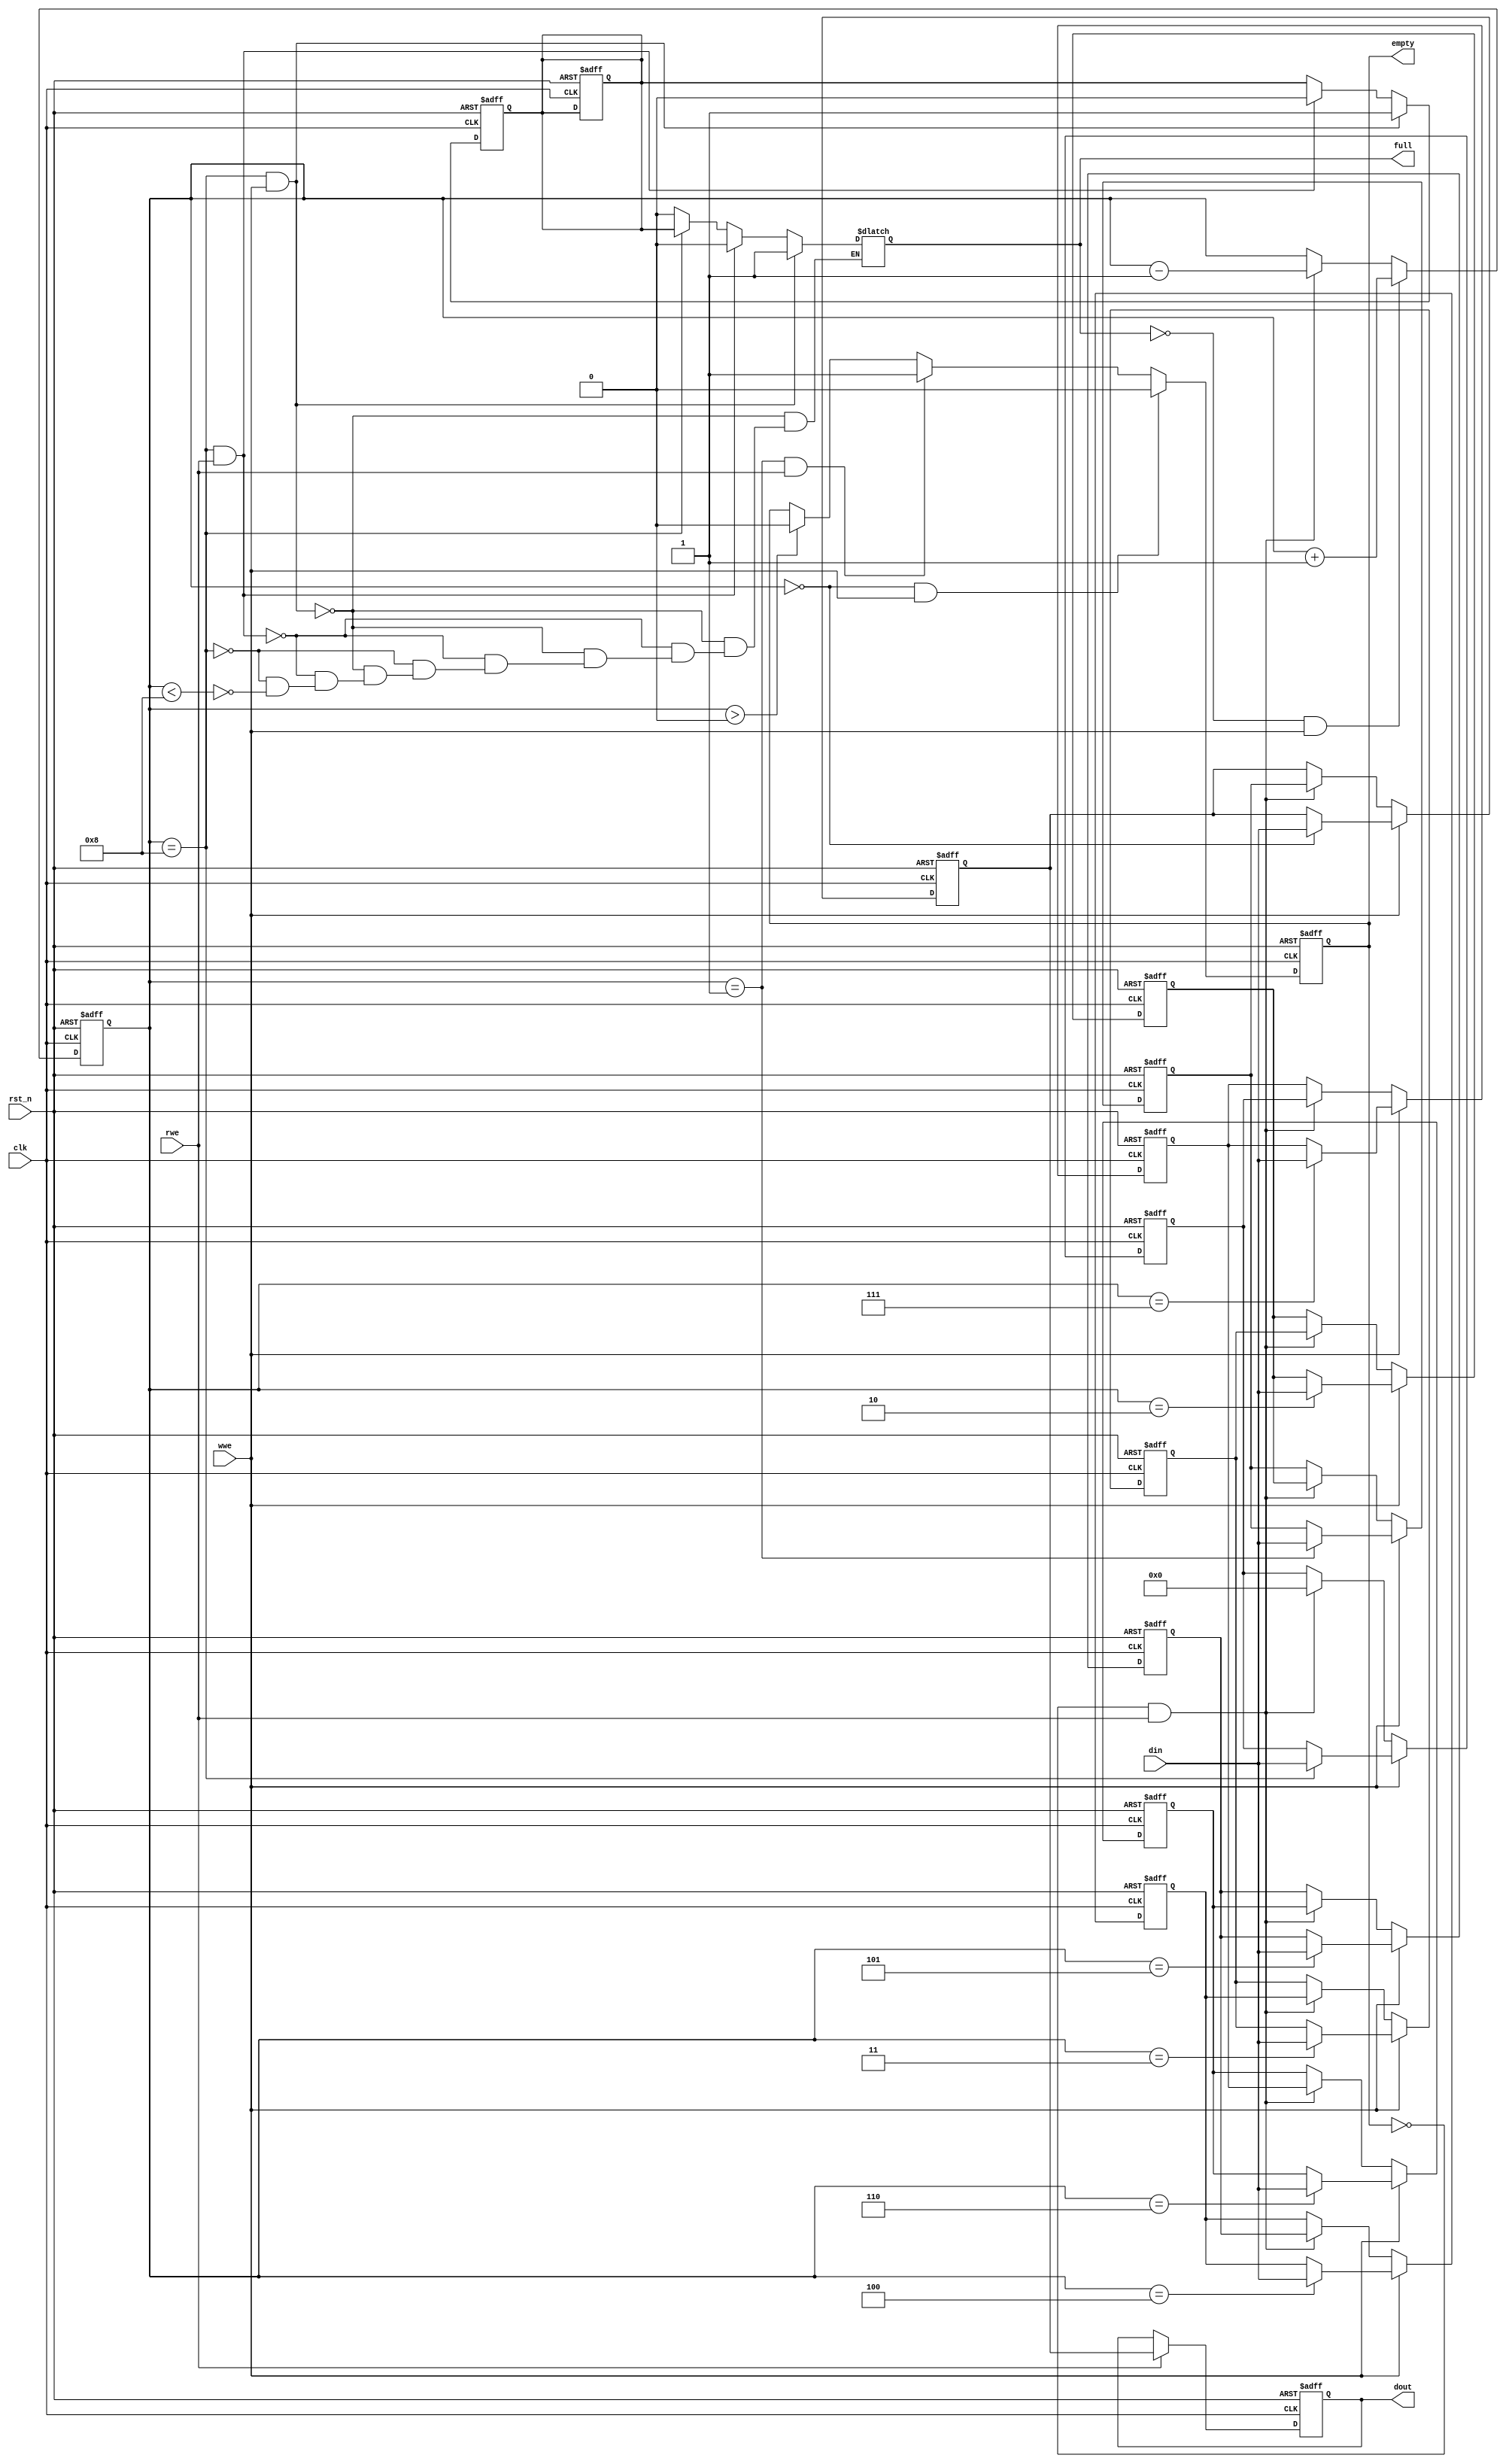
//`define FULL 3'b010;

module fifo (
  input  wire       rst_n,
  input  wire       clk,
  input  wire [7:0] din,
  input  wire       rwe,
  input  wire       wwe,
  output  reg       full,
  output  reg       empty,
  output  reg [7:0] dout
);
reg [3:0] ptr;

reg [7:0] mem [0:8];

localparam FULL = 4'b1000;
//localparam FULL = 3'b101;

always@(posedge clk or negedge rst_n) begin
   if(!rst_n) begin
      mem[0] <= 8'b0;
      mem[1] <= 8'b0;
      mem[2] <= 8'b0;
      mem[3] <= 8'b0;
      mem[4] <= 8'b0;
      mem[5] <= 8'b0;
      mem[6] <= 8'b0;
      mem[7] <= 8'b0;
      mem[8] <= 8'b0;
   end else if(wwe == 1) begin
      mem[ptr] <= din;
   end else if(empty == 0 && rwe == 1) begin
      mem[0] <= mem[1];
      mem[1] <= mem[2];
      mem[2] <= mem[3];
      mem[3] <= mem[4];
      mem[4] <= mem[5];
      mem[5] <= mem[6];
      mem[6] <= mem[7];
      mem[7] <= mem[8];
      mem[8] <= 0;
   end
end

always@(posedge clk or negedge rst_n) begin
   if(!rst_n) ptr <= 0;
   else if(full == 0 && wwe == 1)  ptr <= ptr + 1;
   else if(empty == 0 && rwe == 1) ptr <= ptr - 1;
end

always@(posedge clk or negedge rst_n) begin
   if(~rst_n) dout <= 0;
   else if(rwe == 1) dout <= mem[0];
end

reg full_r, empty_r;
always@(posedge clk or negedge rst_n) begin
   if(!rst_n) full_r <= 0;
   else if(ptr == FULL && wwe == 1) full_r <= 1;
   else if(ptr == FULL && rwe == 1) full_r <= 0;
end

always@(posedge clk or negedge rst_n) begin
   if(!rst_n) full_r <= 0;
   else if(ptr == 1 && rwe == 1) empty_r <= 1;
   else if(ptr == 0 && wwe == 1) empty_r <= 0;
end

always@(*) begin
   if(ptr == FULL && wwe == 1)      full = 1;
   else if(ptr == FULL && rwe == 1) full = 0;
   else if(ptr == FULL)             full = full_r;
   else if(ptr < FULL)              full = 0;
end
always@(posedge clk or negedge rst_n) begin
   if(!rst_n) empty <= 0;
   else if(ptr == 0 && wwe == 1) empty <= 0;
   else if(ptr == 1 && rwe == 1) empty <= 1;
   else if(ptr > 0)         	   empty <= 0;
end

endmodule